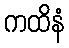
ကထိနံ